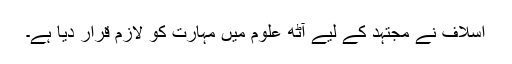
اسلاف نے مجتہد کے لیے آٹھ علوم میں مہارت کو لازم قرار دیا ہے۔